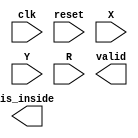
module geofence ( clk,reset,X,Y,R,valid,is_inside);
input clk;
input reset;
input [9:0] X;
input [9:0] Y;
input [10:0] R;
output valid;
output is_inside;
//reg valid;
//reg is_inside;

endmodule